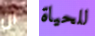
ان للحياة